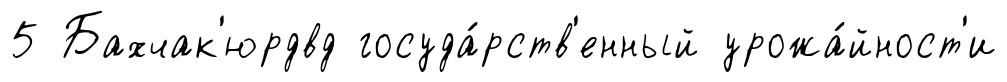
5 Бахчак'юрдвд госуда́рств'енный урожа́йност'и